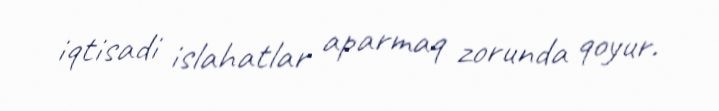
iqtisadi islahatlar aparmaq zorunda qoyur.